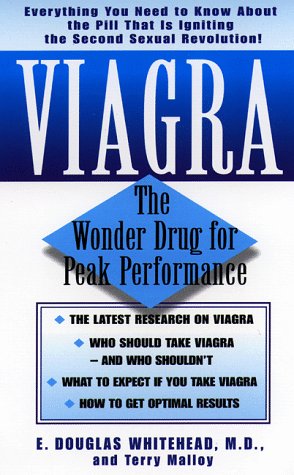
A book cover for Viagra: The Wonder Drug For Peak Performance; E. Douglas Whitehead; Health, Fitness & Dieting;